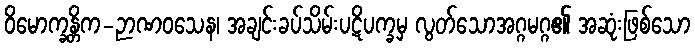
ဝိမောက္ခန္တိက-ဉာဏဝသေန၊ အချင်းခပ်သိမ်းပဋိပက္ခမှ လွတ်သောအဂ္ဂမဂ္ဂ၏ အဆုံးဖြစ်သော